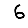
Digit: 6